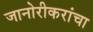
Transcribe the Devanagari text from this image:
जानोरीकरांचा